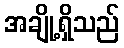
အချို့ရှိသည်